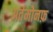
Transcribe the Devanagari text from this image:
अर्तमोनफ़